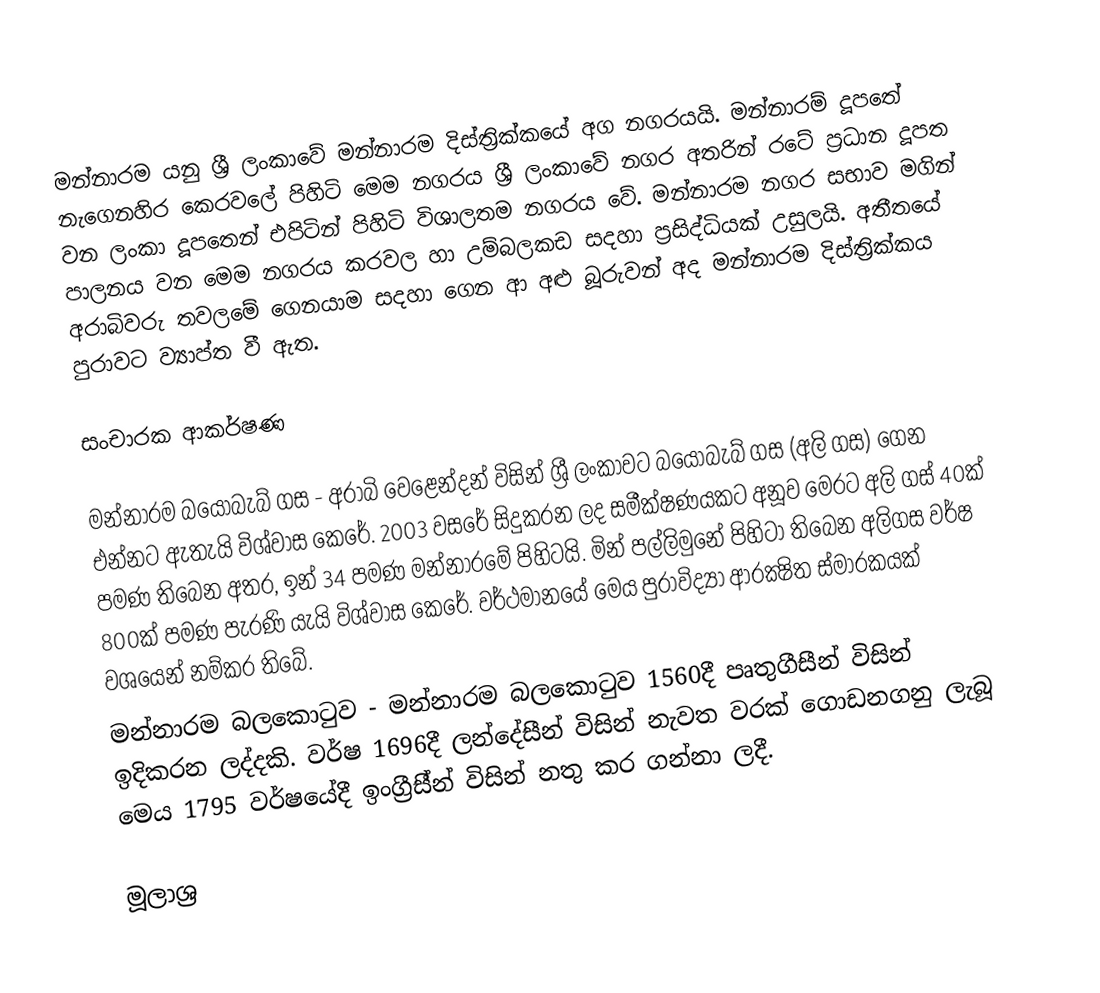
මන්නාරම යනු ශ්‍රී ලංකාවේ මන්නාරම දිස්ත්‍රික්කයේ අග නගරයයි. මන්නාරම් දූපතේ නැගෙනහිර කෙරවලේ පිහිටි මෙම නගරය ශ්‍රී ලංකාවේ නගර අතරින් රටේ ප්‍රධාන දූපත වන ලංකා දූපතෙන් එපිටින් පිහිටි විශාලතම නගරය වේ. මන්නාරම නගර සභාව මගින් පාලනය වන මෙම නගරය කරවල හා උම්බලකඩ සදහා ප්‍රසිද්ධියක් උසුලයි. අතීතයේ අරාබිවරු තවලමේ ගෙනයාම සදහා ගෙන ආ අළු බූරුවන් අද මන්නාරම දිස්ත්‍රික්කය පුරාවට ව්‍යාප්ත වී ඇත.

සංචාරක ආකර්ෂණ

මන්නාරම බයෝබැබ් ගස - අරාබි වෙළෙන්දන් විසින් ශ්‍රී ලංකාවට බයෝබැබ් ගස (අලි ගස) ගෙන එන්නට ඇතැයි විශ්වාස කෙරේ. 2003 වසරේ සිදුකරන ලද සමීක්ෂණයකට අනූව මෙරට අලි ගස් 40ක් පමණ තිබෙන අතර, ඉන් 34 පමණ මන්නාරමේ පිහිටයි. මින් පල්ලිමුනේ පිහිටා තිබෙන අලිගස වර්ෂ 800ක් පමණ පැරණි යැයි විශ්වාස කෙරේ. වර්ථමානයේ මෙය පුරාවිද්‍යා ආරක්‍ෂිත ස්මාරකයක් වශයෙන් නම්කර තිබේ.
මන්නාරම බලකොටුව - මන්නාරම බලකොටුව 1560දී පෘතුගීසීන් විසින් ඉදිකරන ලද්දකි. වර්ෂ 1696දී ලන්දේසීන් විසින් නැවත වරක් ගොඩනගනු ලැබූ මෙය 1795 වර්ෂයේදී ඉංග්‍රීසී්න් විසින් නතු කර ගන්නා ලදී.

මූලාශ්‍ර